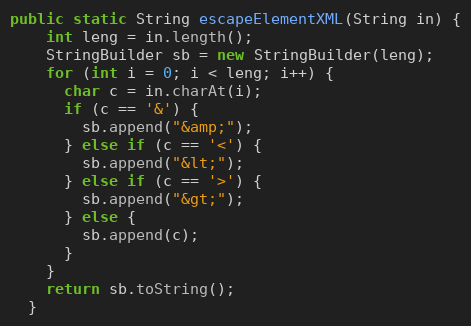
Language: Java
public static String escapeElementXML(String in) {
    int leng = in.length();
    StringBuilder sb = new StringBuilder(leng);
    for (int i = 0; i < leng; i++) {
      char c = in.charAt(i);
      if (c == '&') {
        sb.append("&amp;");
      } else if (c == '<') {
        sb.append("&lt;");
      } else if (c == '>') {
        sb.append("&gt;");
      } else {
        sb.append(c);
      }
    }
    return sb.toString();
  }